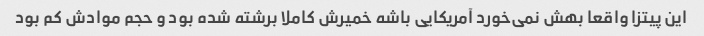
این پیتزا واقعا بهش نمی‌خورد آمریکایی باشه خمیرش کاملا برشته شده بود و حجم موادش کم بود